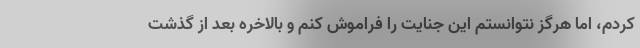
کردم، اما هرگز نتوانستم این جنایت را فراموش کنم و بالاخره بعد از گذشت